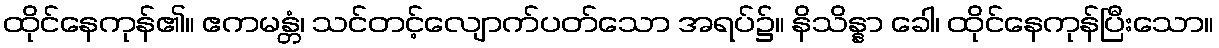
ထိုင်နေကုန်၏။ ဧကမန္တံ၊ သင်တင့်လျောက်ပတ်သော အရပ်၌။ နိသိန္နာ ခေါ၊ ထိုင်နေကုန်ပြီးသော။